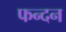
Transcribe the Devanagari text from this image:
फन्दन